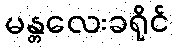
မန္တလေးခရိုင်